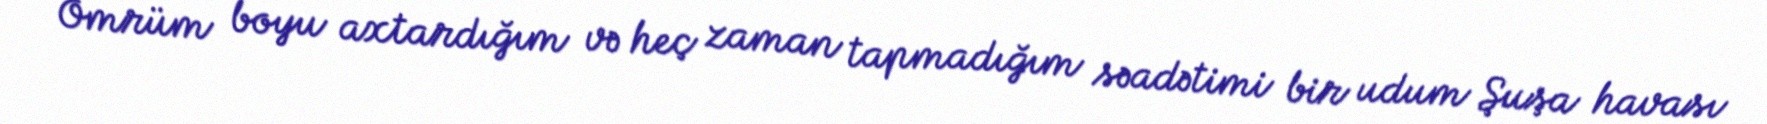
Ömrüm boyu axtardığım və heç zaman tapmadığım səadətimi bir udum Şuşa havası